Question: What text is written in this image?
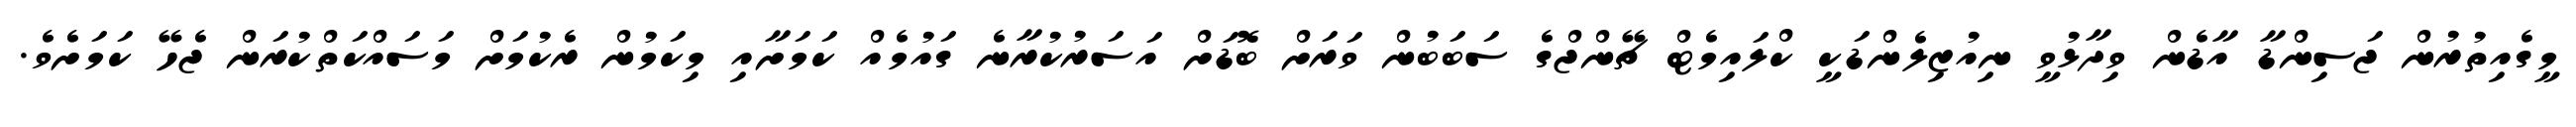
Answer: މީގެއިތުރުން ޖަސިންޑާ އާޑެން ވިދާޅުވީ ނިއުޒިލެންޑަކީ ކްލައިމެޓް ޗޭންޖްގެ ސަބަބުން ވަރަށް ބޮޑަށް އަސަރުކުރާނެ ގައުމެއް ކަމަށާއި މިކަމުން ރެކުމަށް މަސައްކަތްކުރަން ޖެހޭ ކަމަށެވެ.